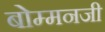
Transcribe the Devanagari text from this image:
बोम्मनजी